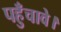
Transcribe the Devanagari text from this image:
पहुँचावे।